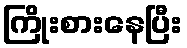
ကြိုးစားနေပြီး